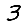
Digit: 3